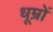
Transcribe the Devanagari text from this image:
धूम्रों